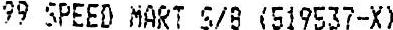
99 SPEED MART S/B (519537-X)